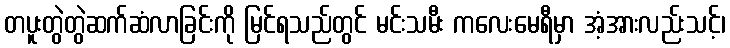
တပူးတွဲတွဲဆက်ဆံလာခြင်းကို မြင်ရသည်တွင် မင်းသမီး ကလေးမေရီမှာ အံ့အားလည်းသင့်၊